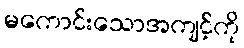
မကောင်းသောအကျင့်ကို